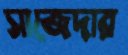
সাজেদার